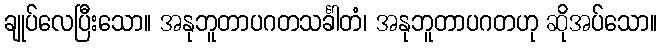
ချုပ်လေပြီးသော။ အနုဘူတာပဂတသင်္ခါတံ၊ အနုဘူတာပဂတဟု ဆိုအပ်သော။